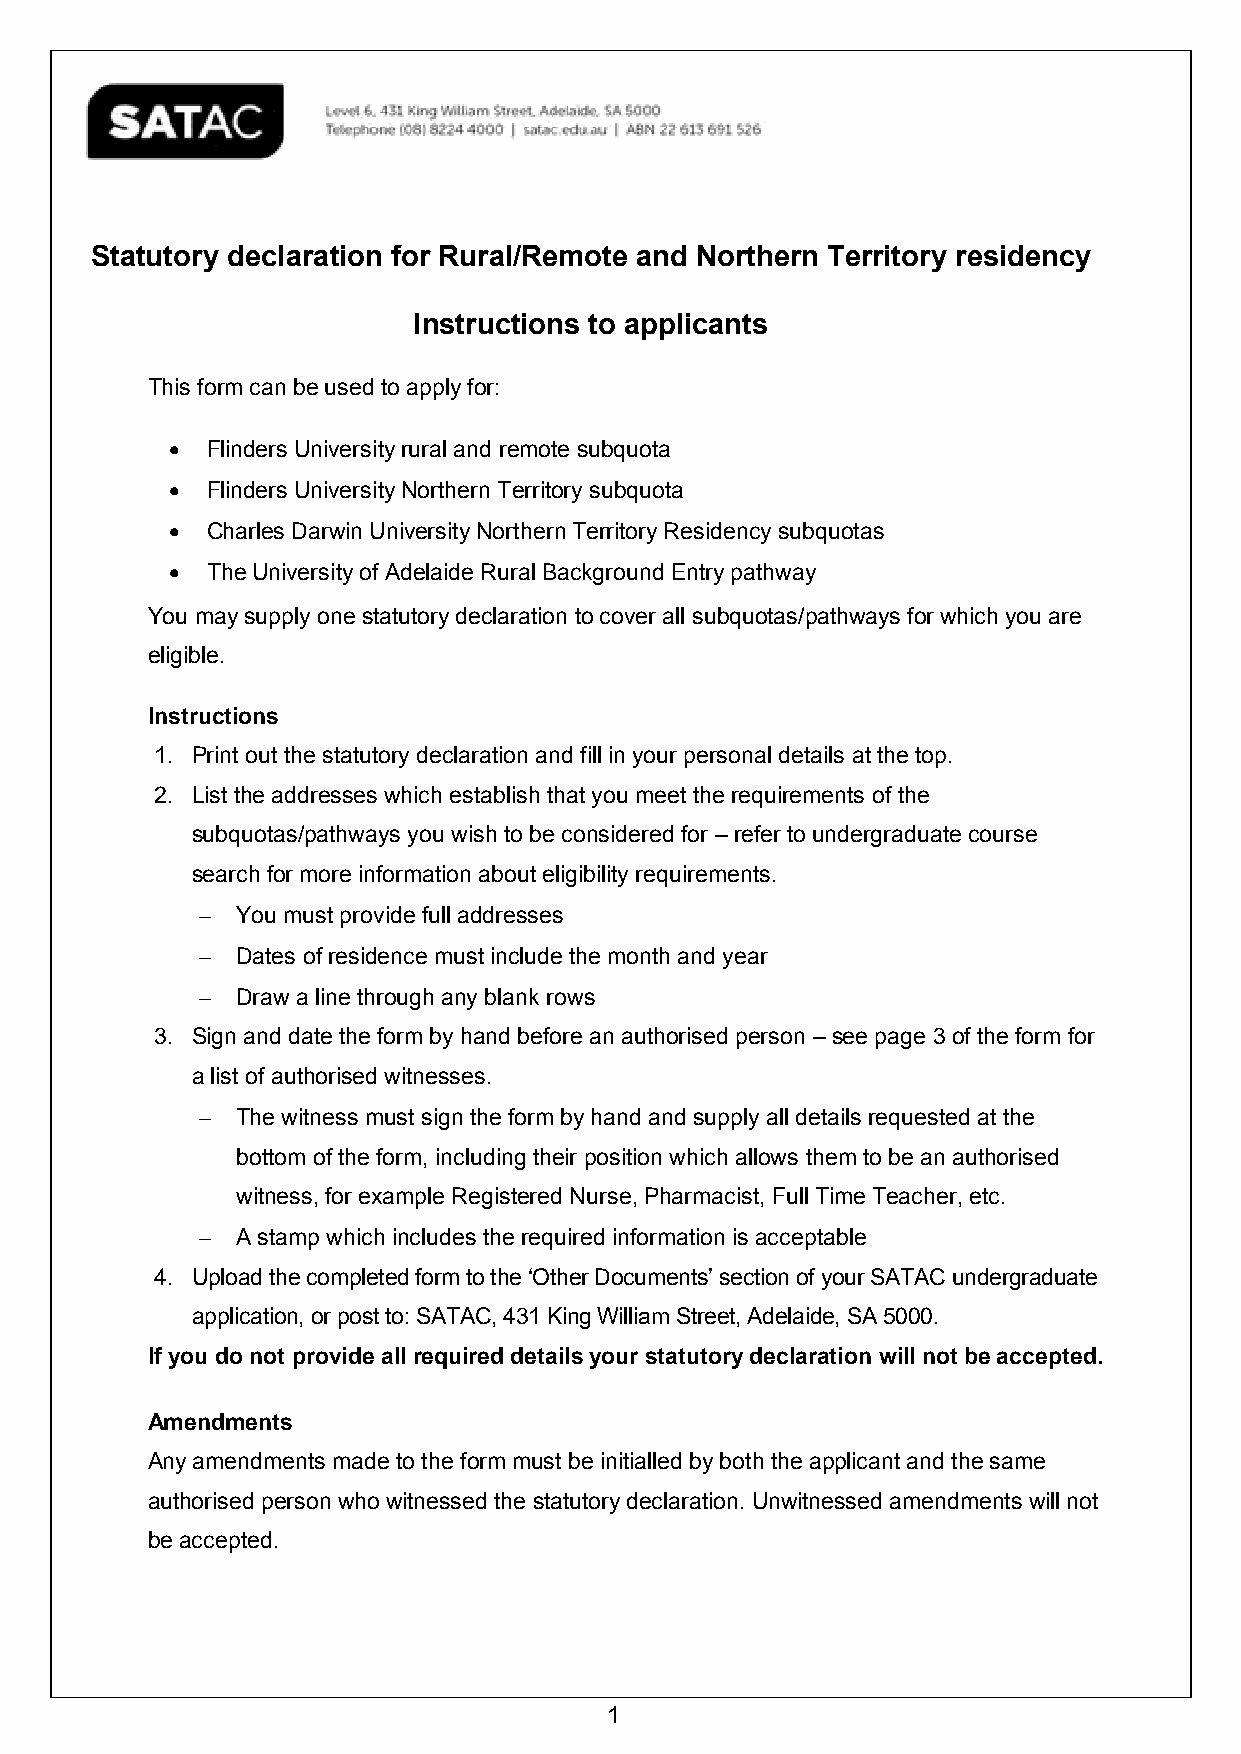
Statutory declaration for Rural/Remote and Northern Territory residency
 Instructions to applicants
 This form can be used to apply for:
 •  Flinders University rural and remote subquota
 •  Flinders University Northern Territory subquota
 •  Charles Darwin University Northern Territory Residency subquotas
 •  The University of Adelaide Rural Background Entry pathway
 You may supply one statutory declaration to cover all subquotas/pathways for which you are
 eligible.
 Instructions
 1. Print out the statutory declaration and fill in your personal details at the top.
 2. List the addresses which establish that you meet the requirements of the
 subquotas/pathways you wish to be considered for – refer to undergraduate course
 search for more information about eligibility requirements.
 −  You must provide full addresses
 −  Dates of residence must include the month and year
 −  Draw a line through any blank rows
 3. Sign and date the form by hand before an authorised person – see page 3 of the form for
 a list of authorised witnesses.
 −  The witness must sign the form by hand and supply all details requested at the
 bottom of the form, including their position which allows them to be an authorised
 witness, for example Registered Nurse, Pharmacist, Full Time Teacher, etc.
 −  A stamp which includes the required information is acceptable
 4. Upload the completed form to the ‘Other Documents’ section of your SATAC undergraduate
 application, or post to: SATAC, 431 King William Street, Adelaide, SA 5000.
 If you do not provide all required details your statutory declaration will not be accepted.
 Amendments
 Any amendments made to the form must be initialled by both the applicant and the same
 authorised person who witnessed the statutory declaration. Unwitnessed amendments will not
 be accepted.
 1